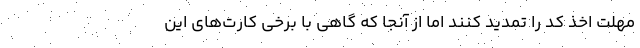
مهلت اخذ کد را تمدید کنند اما از آنجا که گاهی با برخی کارت‌های این